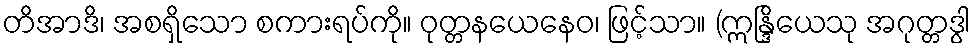
တိအာဒိ၊ အစရှိသော စကားရပ်ကို။ ဝုတ္တနယေနေဝ၊ ဖြင့်သာ။ (ဣန္ဒြိယေသု အဂုတ္တဒွါ